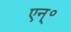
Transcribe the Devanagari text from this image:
एन्॰